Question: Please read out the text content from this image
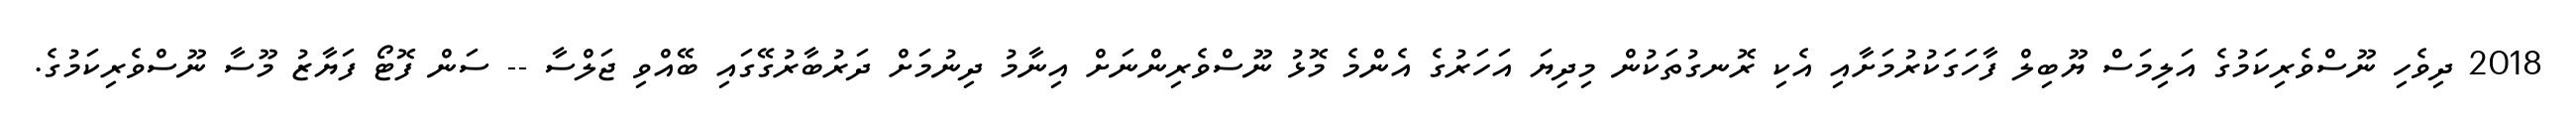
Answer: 2018 ދިވެހި ނޫސްވެރިކަމުގެ އަލިމަސް ޔޫބިލް ފާހަގަކުރުމަށާއި އެކި ރޮނގުތަކުން މިދިޔަ އަހަރުގެ އެންމެ މޮޅު ނޫސްވެރިންނަށް އިނާމު ދިނުމަށް ދަރުބާރުގޭގައި ބޭއްވި ޖަލްސާ -- ސަން ފޮޓޯ ފަޔާޒު މޫސާ ނޫސްވެރިކަމުގެ.